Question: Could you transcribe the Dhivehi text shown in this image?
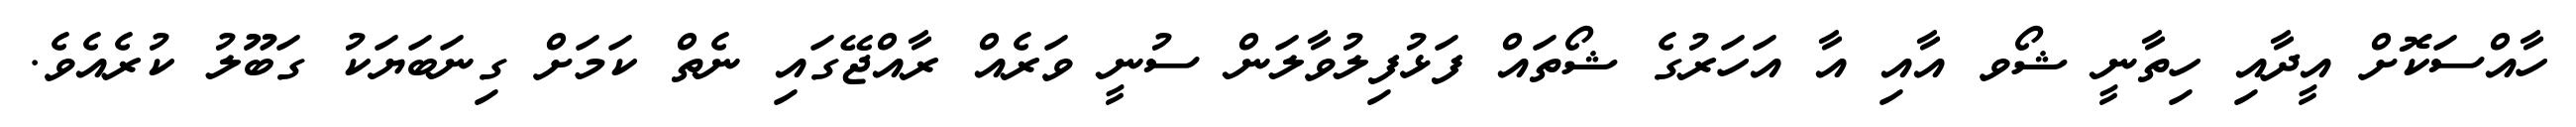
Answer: ހާއްސަކޮށް އީދާއި ހިތާނީ ޝޯވ އާއި އާ އަހަރުގެ ޝޯތައް ފަޅުފިލުވާލަން ސުނީ ވަރެއް ރާއްޖޭގައި ނެތް ކަމަށް ގިނަބަޔަކު ގަބޫލު ކުރެއެވެ.